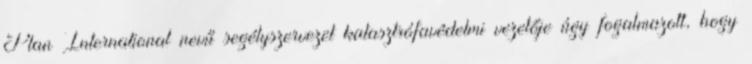
Plan International nevű segélyszervezet katasztrófavédelmi vezetője úgy fogalmazott, hogy